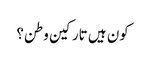
کون ہیں تارکین وطن؟